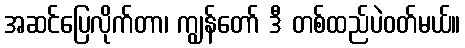
အဆင်ပြေလိုက်တာ၊ ကျွန်တော် ဒီ တစ်ထည်ပဲဝတ်မယ်။